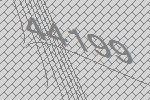
44199